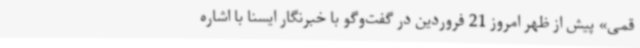
قمی» پیش از ظهر امروز 21 فروردین در گفت‌وگو با خبرنگار ایسنا با اشاره